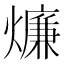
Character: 燫